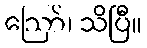
ဪ၊ သိပြီ။